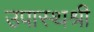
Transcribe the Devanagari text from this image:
उपास्थश्री